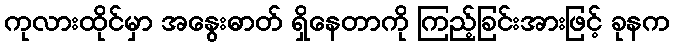
ကုလားထိုင်မှာ အနွေးဓာတ် ရှိနေတာကို ကြည့်ခြင်းအားဖြင့် ခုနက